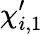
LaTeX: \chi_{i,1}^{\prime}